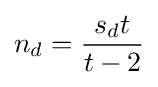
n_{d}={\frac {s_{d}t}{t-2}}